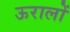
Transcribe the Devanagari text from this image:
ऊरालों